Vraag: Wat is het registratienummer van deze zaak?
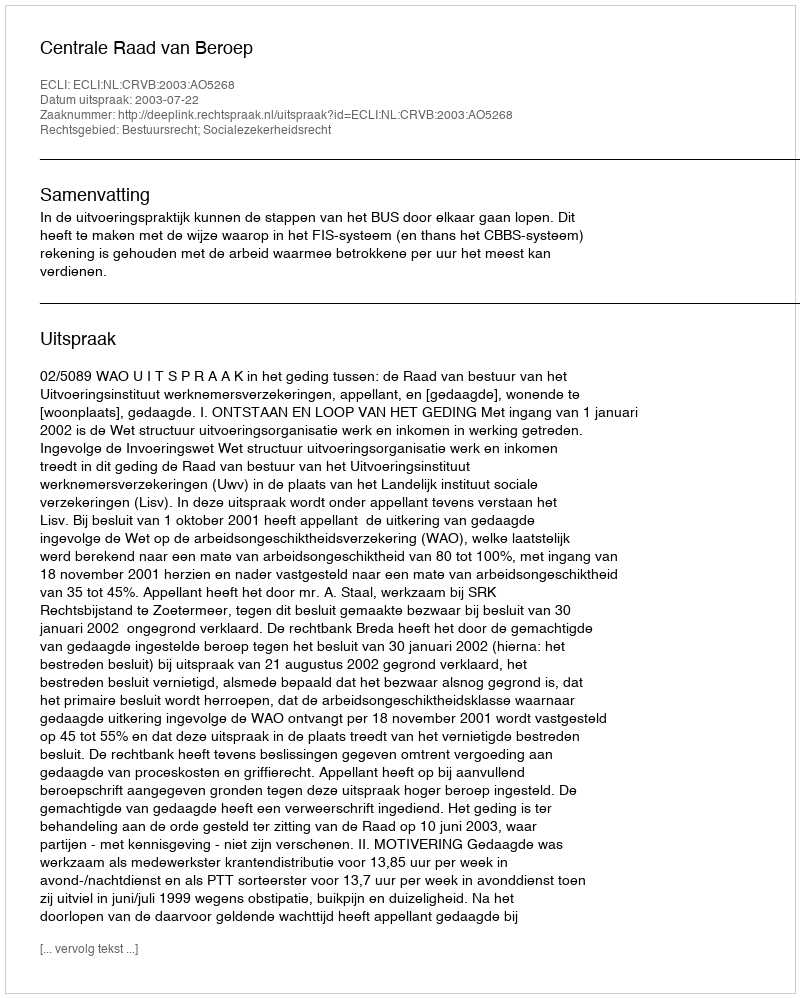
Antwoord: http://deeplink.rechtspraak.nl/uitspraak?id=ECLI:NL:CRVB:2003:AO5268